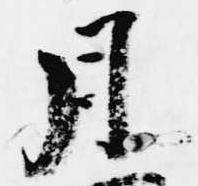
月